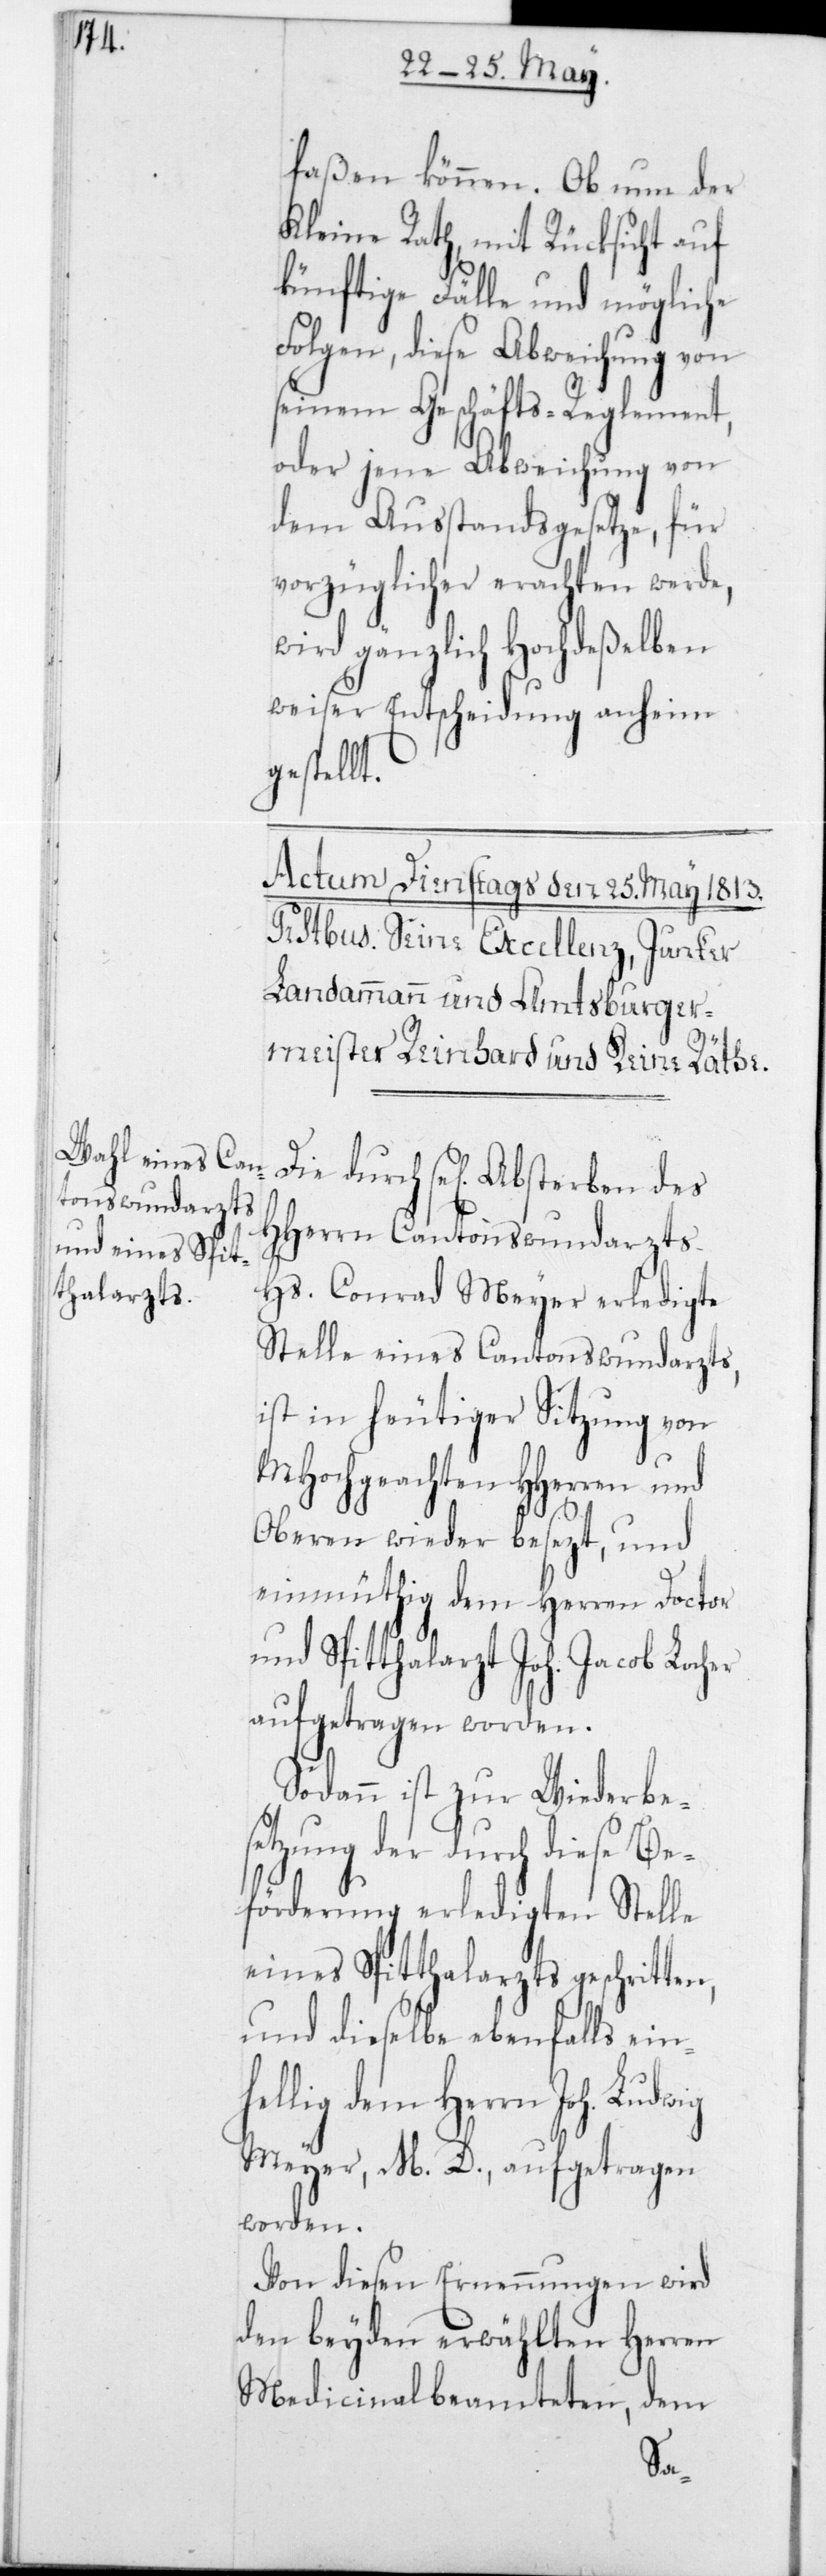
faßen können. Ob nun der
Kleine Rath, mit Rücksicht auf
künftige Fälle und mögliche
Folgen, diese Abweichung von
seinem Geschäfts-Reglement,
oder jene Abweichung von
dem Ausstandsgesetze, für
vorzüglicher erachten werde,
wird gänzlich hochdeßelben
weiser Entscheidung anheim¬
gestellt.
Die durch sel. Absterben des
HHerrn Cantonswundarzts
Hs. Conrad Meyer erledigte
Stelle eines Cantonswundarzts,
ist in heutiger Sitzung von
MHochgeachten HHerren und
Oberen wieder besezt, und
einmüthig dem Herren Doctor
und Spitthalarzt Joh. Jacob Locher
aufgetragen worden.
Sodann ist zur Wiederbe¬
setzung der durch diese Be¬
förderung erledigten Stelle
eines Spitthalarzts geschritten,
und dieselbe ebenfalls einh¬
ellig dem Herrn Joh. Ludwig
Meyer, M. D., aufgetragen
worden.
Von diesen Ernennungen wird
den beyden erwählten Herren
Medicinalbeamteten, dem